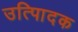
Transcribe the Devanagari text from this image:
उत्पािदक